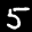
Label: 5